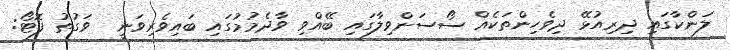
ލަންކާގައި ދިރިއުޅޭ ދިވެހިންތަކެއް ސޯސަންވިލާގައި ބޭއްވި ވާދެމުމުގައި ބައިވެރިވަނީ  ވަގުތު ފޮޓޯ: